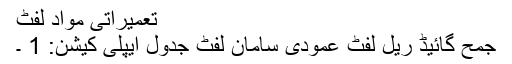
تعمیراتی مواد لفٹ
جمح گائیڈ ریل لفٹ عمودی سامان لفٹ جدول ایپلی کیشن: 1 ۔